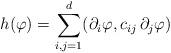
LaTeX: \begin{align*}h(\varphi)=\sum^d_{i,j=1}(\partial_i\varphi,c_{ij}\,\partial_j\varphi) \end{align*}